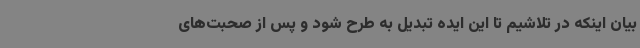
بیان اینکه در تلاشیم تا این ایده تبدیل به طرح شود و پس از صحبت‌های